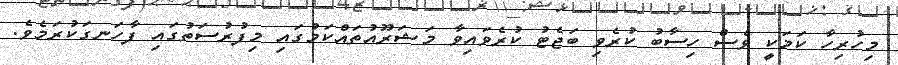
މިހުރިހާ ކަމަކީ ވެސް ހިސާބު ކުރެވި ބަޖެޓު ކުރެވައިވާ މަޝަރޫއުތައްކަމުގައި މިފުރުސަތުގައި ފާހަނގަކުރަމެވެ.